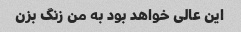
این عالی خواهد بود به من زنگ بزن